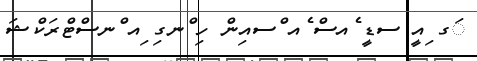
ަގ ިއީ ސޑީ ެއސް ެއ ްސއިން ހި ްނގި ިއ ްނސްޓްރަކްޝަ